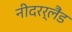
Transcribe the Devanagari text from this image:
नीदरर्लैंड